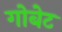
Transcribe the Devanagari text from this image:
गोबेट